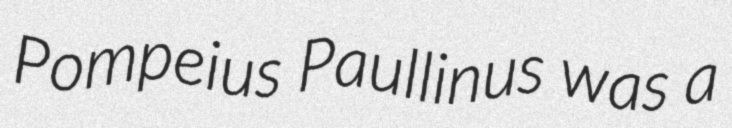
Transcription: Pompeius Paullinus was a